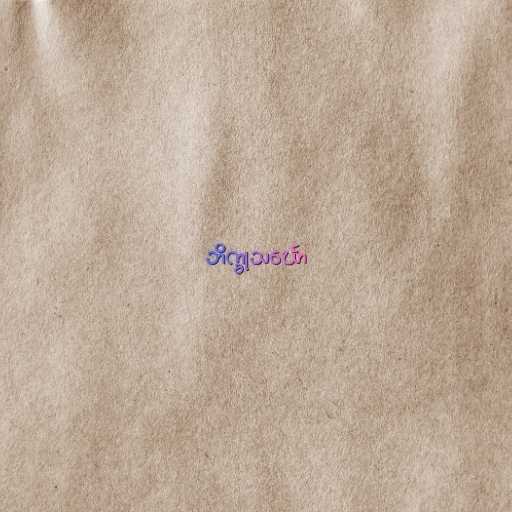
ဘိက္ခုသင်္ဃော